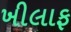
ખીલાફ